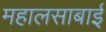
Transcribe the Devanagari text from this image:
महालसाबाई